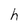
Character: h